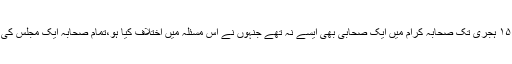
مسلم شریف کی اس حدیث سے یہ معلوم ہوتا ہے کہ ۱۵ ہجری تک صحابہ کرامؓ میں ایک صحابی بھی ایسے نہ تھے جنہوں نے اس مسئلہ میں اختلاف کیا ہو،تمام صحابہؓ ایک مجلس کی تین طلاقوں کو ایک رجعی طلاق شمار کرتے تھے۔